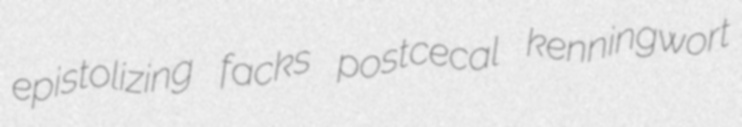
epistolizing facks postcecal kenningwort